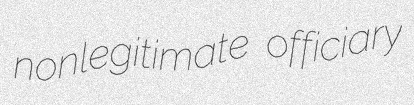
nonlegitimate officiary